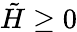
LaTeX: \tilde{H}\geq 0